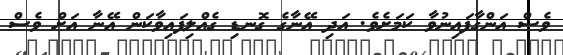
ވެސް އަންގާފައިނުވާ ކަމަށެވެ. އަދި އޭނާގެ ގޮނޑި ގެއްލިފައިވާކަން އޭނާ އަށް ވެސް